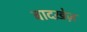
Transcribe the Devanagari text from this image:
बादख़ेज़